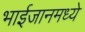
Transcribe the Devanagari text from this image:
भाईजानमध्ये